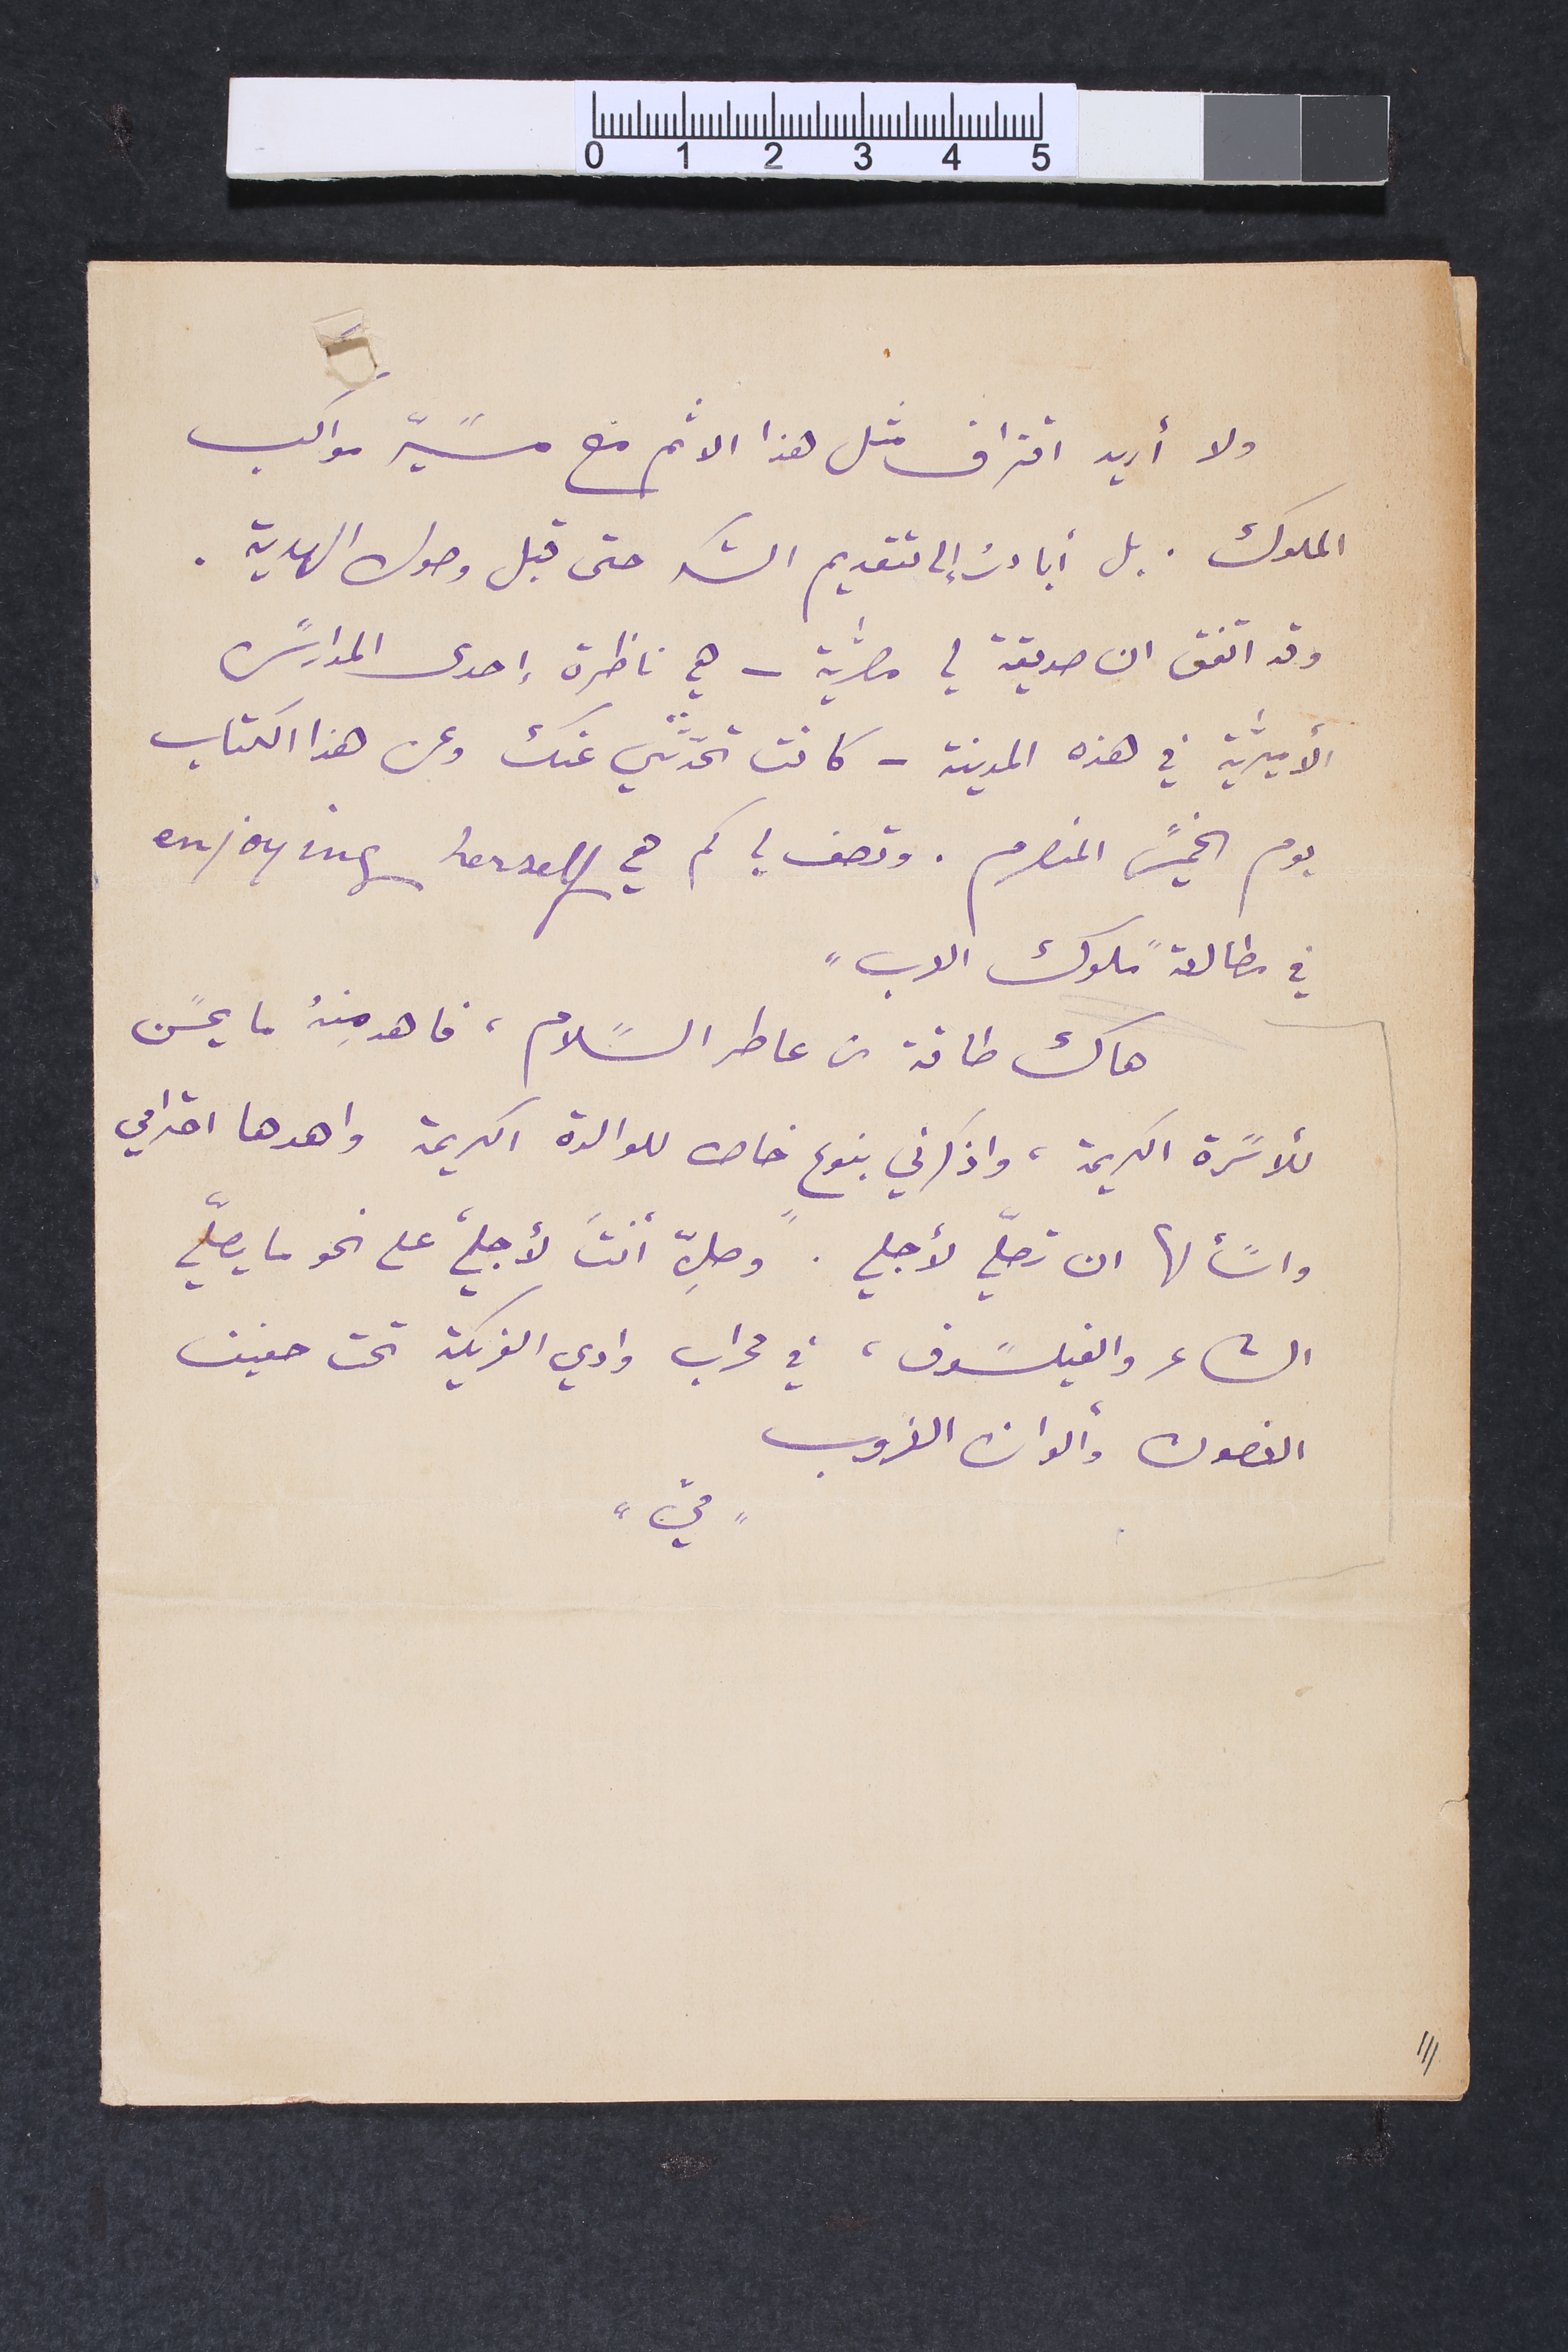
ولا أريد اقتراف مثل هذا الاثم مع مسًيّر مواكب
الملوك. بل أبادرُ إلى تقديم الشكر حتى قبل وصول الهدية.
وقد اتفق ان صديقة لي مصرﱣية – هي ناظرة إحدى المدارسً
الأميرﱣية في هذه المدينة – كانت تحدثني عنك وعن هذا الكتاب
يوم الخميسً المنصرم. وتصف لي كم هي enjoying herself
في مطالعة "ملوك العرب"
هاك طاقة من عاطر السًلام، فاهد مِنهُ ما يحسًن
للأسًرة الكريمة، واذكرني بنوعٍ خاص للوالدة الكريمة واهدها احترامي
واسألها ان تصلّي لأجلي. وصلِّ أنتَ لأجلي، على نحو ما يصلّي
الشاعر والفيلسًوف، في محراب وادي الفريكة تحت حفيف
الغصون وألوان الغروب
"ميّ"